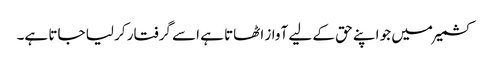
کشمیر میں جو اپنے حق کے لیے آواز اٹھاتا ہے اسے گرفتار کر لیا جاتا ہے۔